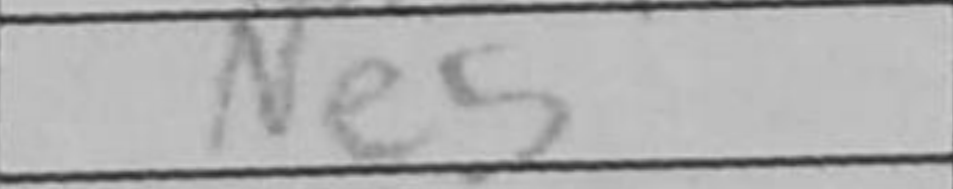
Transcription: Ne5